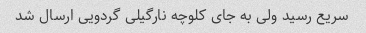
سریع رسید ولی به جای کلوچه نارگیلی گردویی ارسال شد